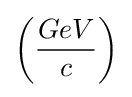
\left({\frac {GeV}{c}}\right)